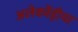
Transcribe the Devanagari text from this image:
अलेक्जेंड्रीया